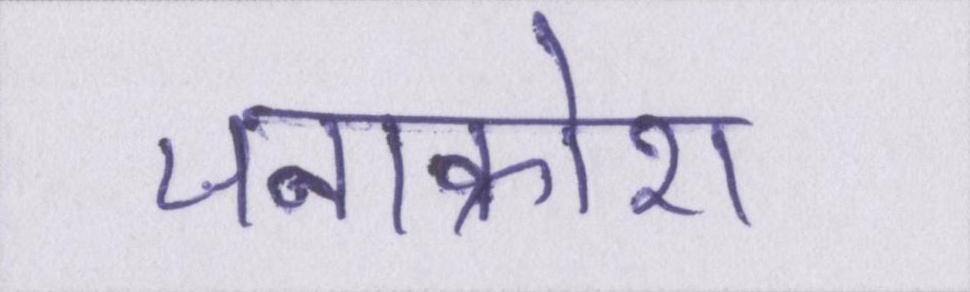
जनाक्रोश